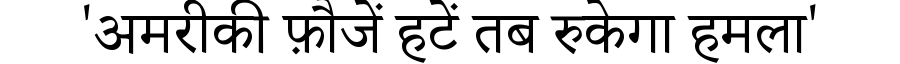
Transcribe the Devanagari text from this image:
'अमरीकी फ़ौजें हटें तब रुकेगा हमला'